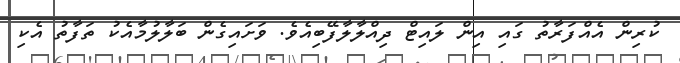
ކުރިން އެއްފަރާތު ގައި އިން ލައިޓް ދިއްލާލާފޭބިއެވެ. ވަށައިގެން ބަލާލުމާއެކު ތަފާތު އެކި